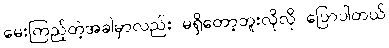
မေးကြည့်တဲ့အခါမှာလည်း မရှိတော့ဘူးလိုလို ပြောပါတယ်